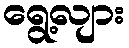
ရွေ့လျား